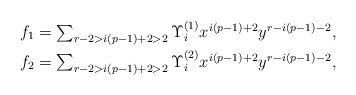
\begin{align*}f_1 & \textstyle = \sum_{r - 2 > i(p-1) + 2 > 2} \Upsilon_i^{(1)} x^{i(p-1)+2}y^{r-i(p-1)-2},\\f_2 & \textstyle = \sum_{r - 2 > i(p-1) + 2 > 2} \Upsilon_i^{(2)} x^{i(p-1)+2}y^{r-i(p-1)-2},\end{align*}